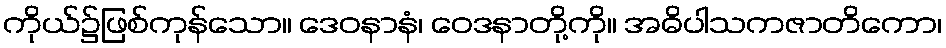
ကိုယ်၌ဖြစ်ကုန်သော။ ဒေဝနာနံ၊ ဝေဒနာတို့ကို။ အဓိပါသကဇာတိကော၊